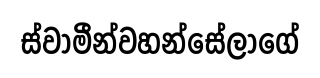
ස්වාමීන්වහන්සේලාගේ